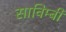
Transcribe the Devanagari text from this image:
साविम्बी